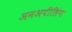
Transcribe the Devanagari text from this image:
अनअपीलिंग